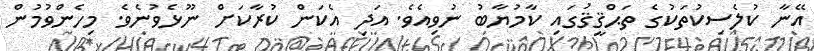
އޭނާ ކުލެސިކުތަކުގެ ތަޙްޤީޤުގައި ކާމުޔާބު ނުވިއެވެ. އަދި އެކަން ކުރާކަށް ނޫޅެވުނެވެ. މިހެންވުމުން